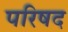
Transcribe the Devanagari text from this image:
परिषद